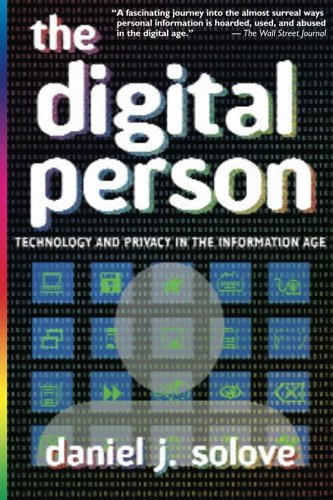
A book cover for The Digital Person: Technology and Privacy in the Information Age; Daniel J Solove; Law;